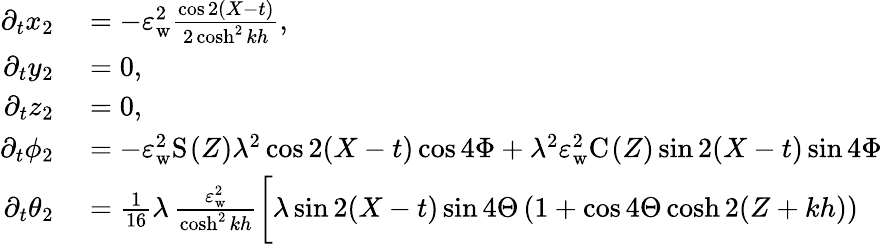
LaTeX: \begin{array}{rl}{\partial_{t}x_{2}}&{{}=-\varepsilon_{\mathrm{w}}^{2}\frac{\cos 2(X-t)}{2\cosh^{2}kh},}\\ {\partial_{t}y_{2}}&{{}=0,}\\ {\partial_{t}z_{2}}&{{}=0,}\\ {\partial_{t}{\phi_{2}}}&{{}=-\varepsilon_{\mathrm{w}}^{2}\mathrm{S}_{}(Z)\lambda^{2}\cos 2(X-t)\cos{4\Phi}+\lambda^{2}\varepsilon_{\mathrm{w}}^{2}\mathrm{C}_{}(Z)\sin 2(X-t)\sin{4\Phi}}\\ {\partial_{t}{\theta_{2}}}&{{}=\frac{1}{16}\lambda\, \frac{\varepsilon_{\mathrm{w}}^{2}}{\cosh^{2}kh}\bigg[\lambda\sin 2(X-t)\sin{4\Theta}\, (1+\cos{4\Theta}\cosh 2(Z+kh))}\end{array}